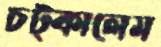
চট্‌কালেম